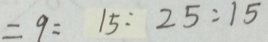
= 9 = 1 5 : 2 5 : 1 5